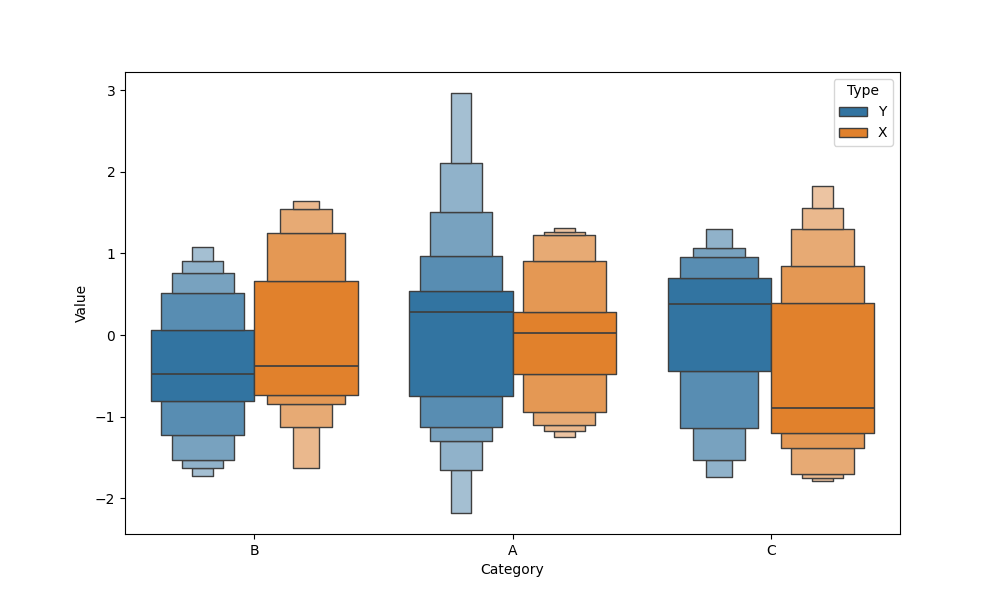
python, seaborn, boxenplot, k_depth='full', linewidth=1, scale='linear', outlier_prop=0.2, showfliers=True